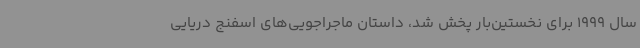
سال 1999 برای نخستین‌بار پخش شد، داستان ماجراجویی‌های اسفنج دریایی